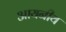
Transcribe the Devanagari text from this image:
आयनीय